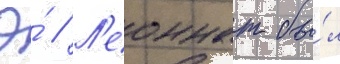
Э́ // Л'еоннат бы́л